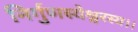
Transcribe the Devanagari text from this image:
निर्गुणस्येश्वरस्य।।